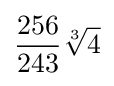
{\frac {256}{243}}{\sqrt[{3}]{4}}